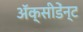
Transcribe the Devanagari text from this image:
अॅक्सीडेंन्ट